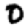
Digit: 0